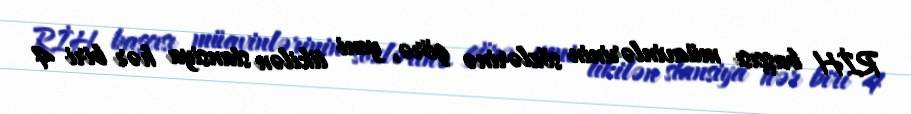
RİH başçısı müavinlərinin sözlərinə görə, yeni tikilən stansiya hər biri 4